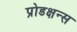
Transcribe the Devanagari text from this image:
प्रोडक्षन्स